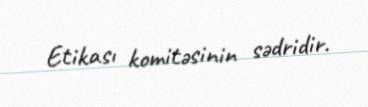
Etikası komitəsinin sədridir.